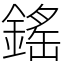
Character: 鎐